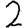
Digit: 2